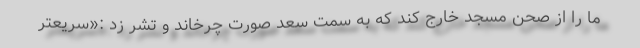
ما را از صحن مسجد خارج کند که به سمت سعد صورت چرخاند و تشر زد :«سریعتر